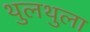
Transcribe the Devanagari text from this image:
थुलथुला